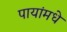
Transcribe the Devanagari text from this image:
पायांमधे